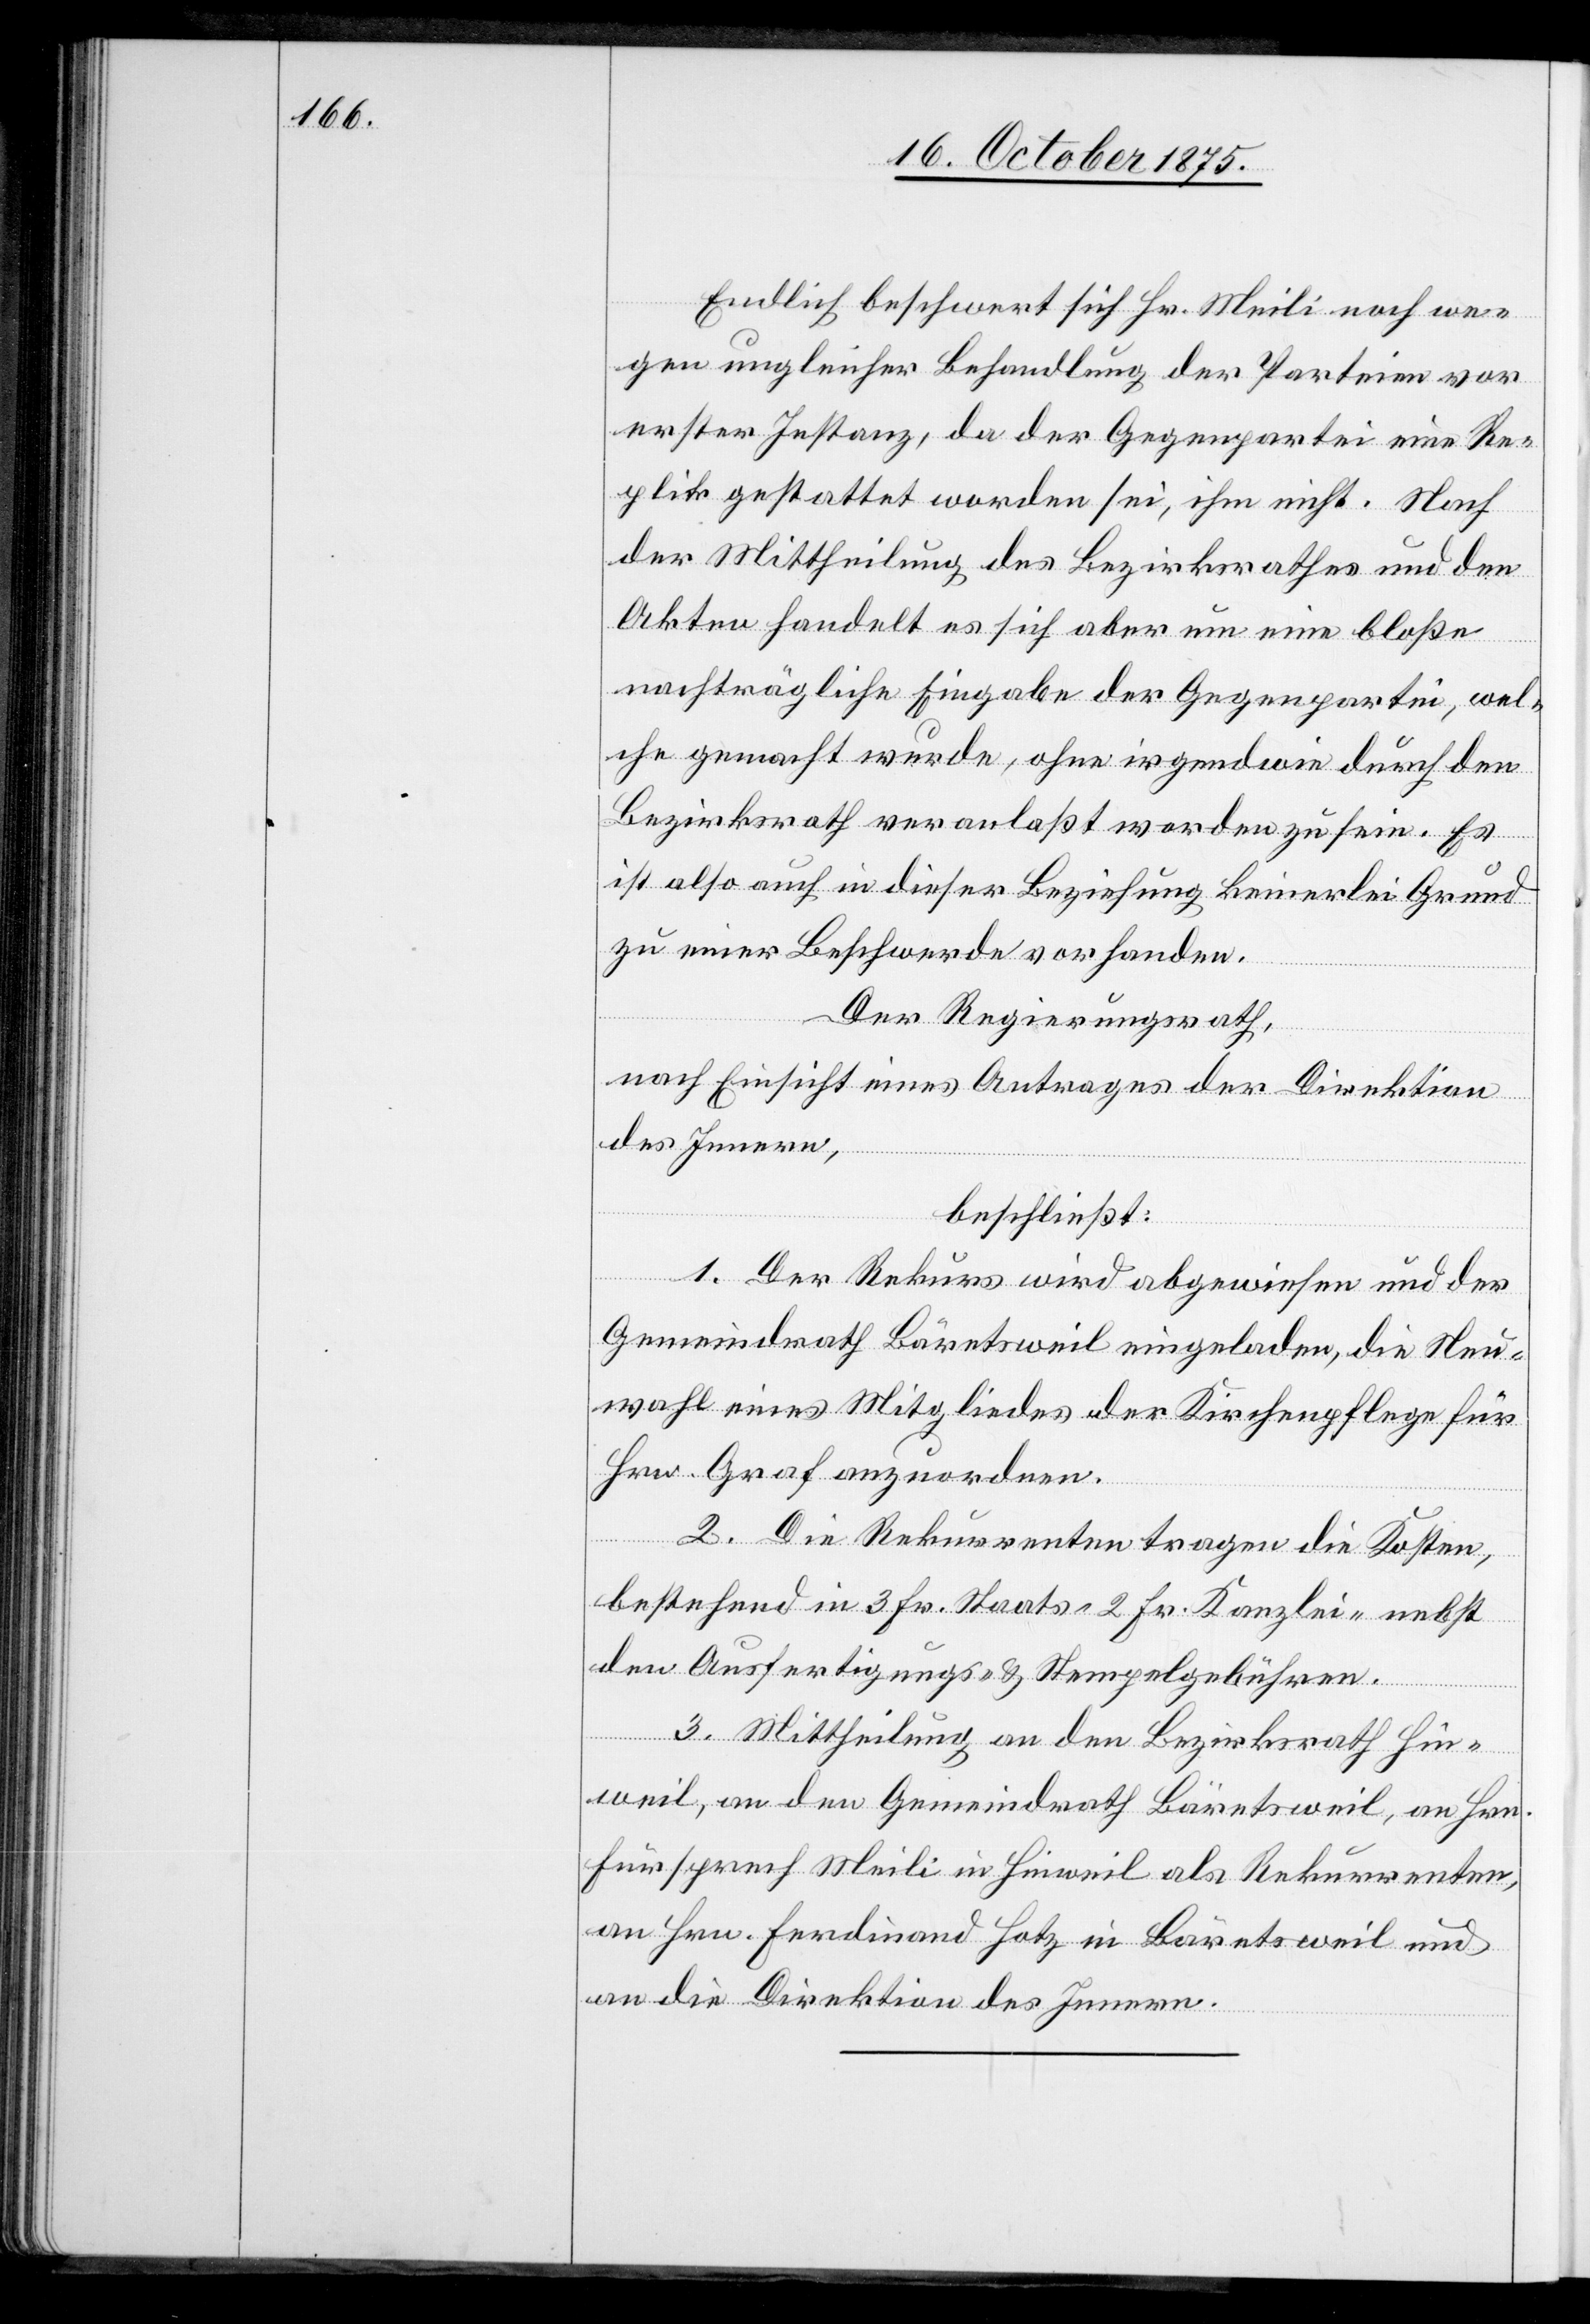
Endlich beschwert sich Hr. Meili noch we¬
gen ungleicher Behandlung der Parteien vor
erster Instanz, da der Gegenpartei eine Re¬
plik gestattet worden sei, ihm nicht. Nach
der Mittheilung des Bezirksrathes und den
Akten handelt es sich aber um eine bloße
nachträgliche Eingabe der Gegenpartei, wel¬
che gemacht wurde, ohne irgendwie durch den
Bezirksrath veranlaßt worden zu sein. Es
ist also auch in dieser Beziehung keinerlei Grund
zu einer Beschwerde vorhanden.
Der Regierungsrath,
nach Einsicht eines Antrages der Direktion
des Innern,
beschließt:
1. Der Rekurs wird abgewiesen und der
Gemeindrath Bäretsweil eingeladen, die Neu¬
wahl eines Mitgliedes der Kirchenpflege für
Hrn. Graf anzuordnen.
2. Die Rekurrenten tragen die Kosten,
bestehend in 3 Fr. Staats-[,] 2 Fr. Kanzlei- nebst
den Ausfertigungs- & Stempelgebühren.
3. Mittheilung an den Bezirksrath Hin¬
weil, an den Gemeindrath Bäretsweil, an Hrn.
Fürsprech Meili in Hinweil als Rekurrenten,
an Hrn. Ferdinand Hotz in Bäretsweil und
an die Direktion des Innern.